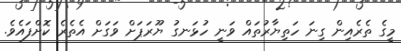
މީގެ ތެރެއިން ގިނަ ހަތިޔާރުތައް ވަނީ ހުޅަނގު ޔޫރަޕަށް ވަގަށް އެތެރެ ކޮށްފައެވެ.